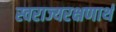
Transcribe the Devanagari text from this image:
स्वराज्यरक्षणार्थ